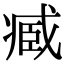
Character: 𮍒